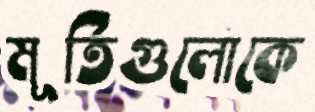
মূর্তিগুলোকে